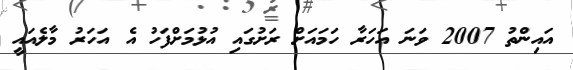
އައިންތު 2007 ވަނަ އަހަރާ ހަމައަށް ރަށުގައި އުޅުމަށްފަހު އެ އަހަރު މާލެއައީ